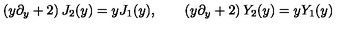
\left( y \partial _ { y } + 2 \right) J _ { 2 } ( y ) = y J _ { 1 } ( y ) , \qquad \left( y \partial _ { y } + 2 \right) Y _ { 2 } ( y ) = y Y _ { 1 } ( y )